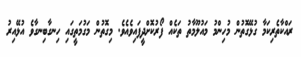
ރައްކާތެރިކަމާ ގުޅޭގޮތުން މުހިންމު މައުލޫމާތު ތަކެއް ފޯރުކޮށްދީފައިވެއެވެ. މިގޮތުން މަގުމަތީގައި ހިނގާބިނގާވެ އުޅޭއިރު